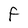
Character: F